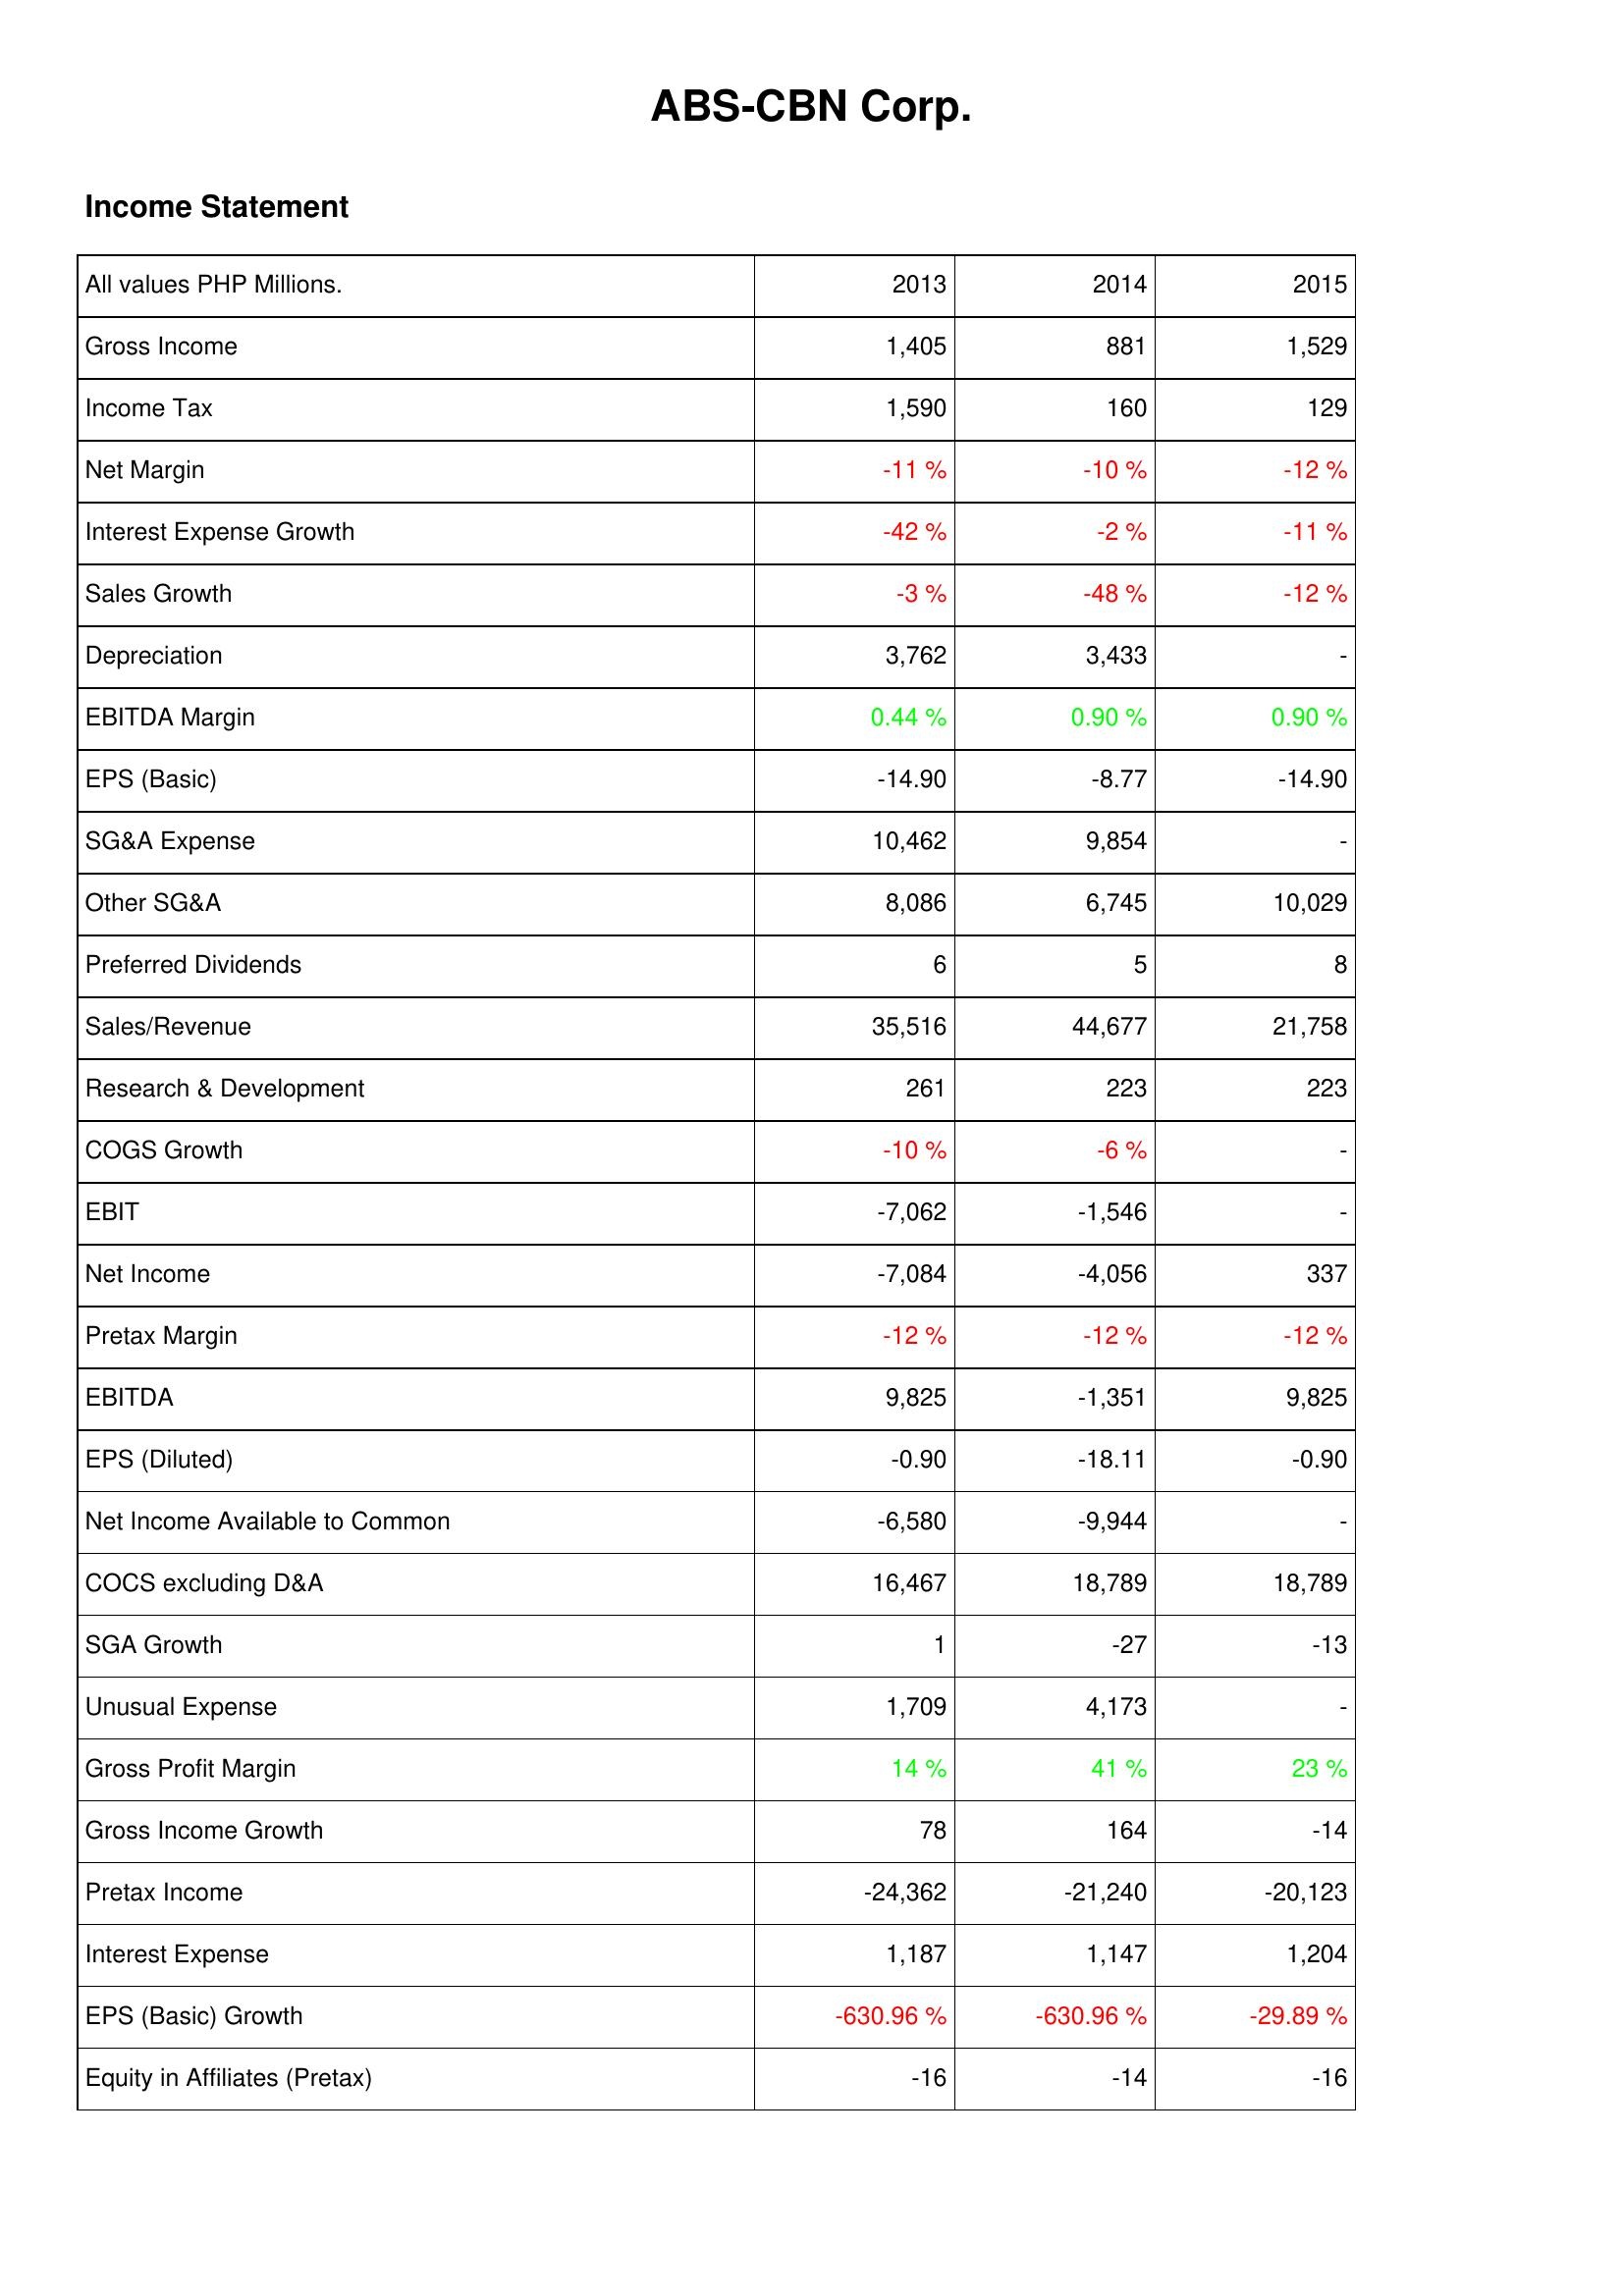
2013: Income Statement: Gross Income: 1,405
Income Tax: 1,590
Net Margin: -11 %
Interest Expense Growth: -42 %
Sales Growth: -3 %
Depreciation: 3,762
EBITDA Margin: 0.44 %
EPS (Basic): -14.90
SG&A Expense: 10,462
Other SG&A: 8,086
Preferred Dividends: 6
Sales/Revenue: 35,516
Research & Development: 261
COGS Growth: -10 %
EBIT: -7,062
Net Income: -7,084
Pretax Margin: -12 %
EBITDA: 9,825
EPS (Diluted): -0.90
Net Income Available to Common: -6,580
COCS excluding D&A: 16,467
SGA Growth: 1
Unusual Expense: 1,709
Gross Profit Margin: 14 %
Gross Income Growth: 78
Pretax Income: -24,362
Interest Expense: 1,187
EPS (Basic) Growth: -630.96 %
Equity in Affiliates (Pretax): -16
2014: Income Statement: Gross Income: 881
Income Tax: 160
Net Margin: -10 %
Interest Expense Growth: -2 %
Sales Growth: -48 %
Depreciation: 3,433
EBITDA Margin: 0.90 %
EPS (Basic): -8.77
SG&A Expense: 9,854
Other SG&A: 6,745
Preferred Dividends: 5
Sales/Revenue: 44,677
Research & Development: 223
COGS Growth: -6 %
EBIT: -1,546
Net Income: -4,056
Pretax Margin: -12 %
EBITDA: -1,351
EPS (Diluted): -18.11
Net Income Available to Common: -9,944
COCS excluding D&A: 18,789
SGA Growth: -27
Unusual Expense: 4,173
Gross Profit Margin: 41 %
Gross Income Growth: 164
Pretax Income: -21,240
Interest Expense: 1,147
EPS (Basic) Growth: -630.96 %
Equity in Affiliates (Pretax): -14
2015: Income Statement: Gross Income: 1,529
Income Tax: 129
Net Margin: -12 %
Interest Expense Growth: -11 %
Sales Growth: -12 %
Depreciation: -
EBITDA Margin: 0.90 %
EPS (Basic): -14.90
SG&A Expense: -
Other SG&A: 10,029
Preferred Dividends: 8
Sales/Revenue: 21,758
Research & Development: 223
COGS Growth: -
EBIT: -
Net Income: 337
Pretax Margin: -12 %
EBITDA: 9,825
EPS (Diluted): -0.90
Net Income Available to Common: -
COCS excluding D&A: 18,789
SGA Growth: -13
Unusual Expense: -
Gross Profit Margin: 23 %
Gross Income Growth: -14
Pretax Income: -20,123
Interest Expense: 1,204
EPS (Basic) Growth: -29.89 %
Equity in Affiliates (Pretax): -16